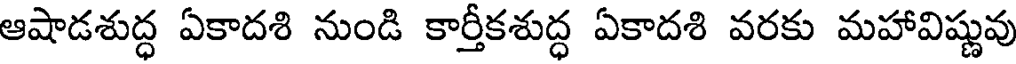
ఆషాడశుద్ధ ఏకాదశి నుండి కార్తీకశుద్ధ ఏకాదశి వరకు మహావిష్ణువు